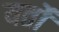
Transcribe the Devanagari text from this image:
यर्तों